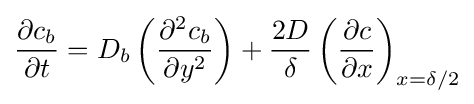
{\frac {\partial c_{b}}{\partial t}}=D_{b}\left({\partial ^{2}c_{b} \over \partial y^{2}}\right)+{\frac {2D}{\delta }}\left({\frac {\partial c}{\partial x}}\right)_{x=\delta /2}